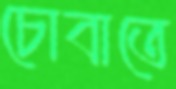
চোবাতে